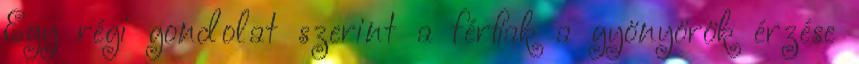
Egy régi gondolat szerint a férﬁak a gyönyörök érzése